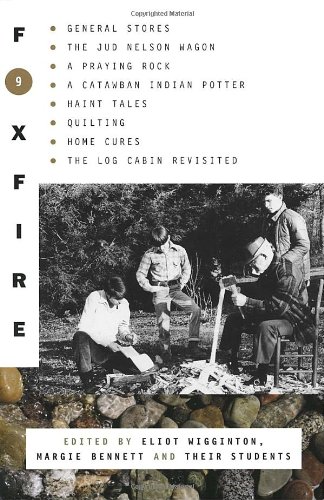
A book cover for Foxfire 9; Inc. Foxfire Fund; Literature & Fiction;